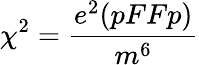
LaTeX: \chi^{2}={\frac{e^{2}(pFFp)}{m^{6}}}